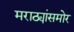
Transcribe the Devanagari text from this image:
मराठ्यांसमोर